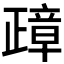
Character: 𰙸